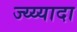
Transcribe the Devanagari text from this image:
ज्य्य्यादा